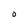
Character: O